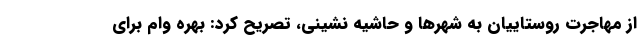
از مهاجرت روستاییان به شهرها و حاشیه نشینی، تصریح کرد: بهره وام برای